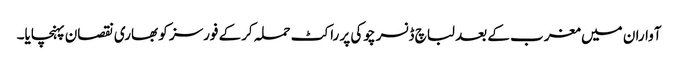
آواران میں مغرب کے بعد لباچ ڈنسر چوکی پر راکٹ حملہ کرکے فورسز کو بھاری نقصان پہنچایا۔